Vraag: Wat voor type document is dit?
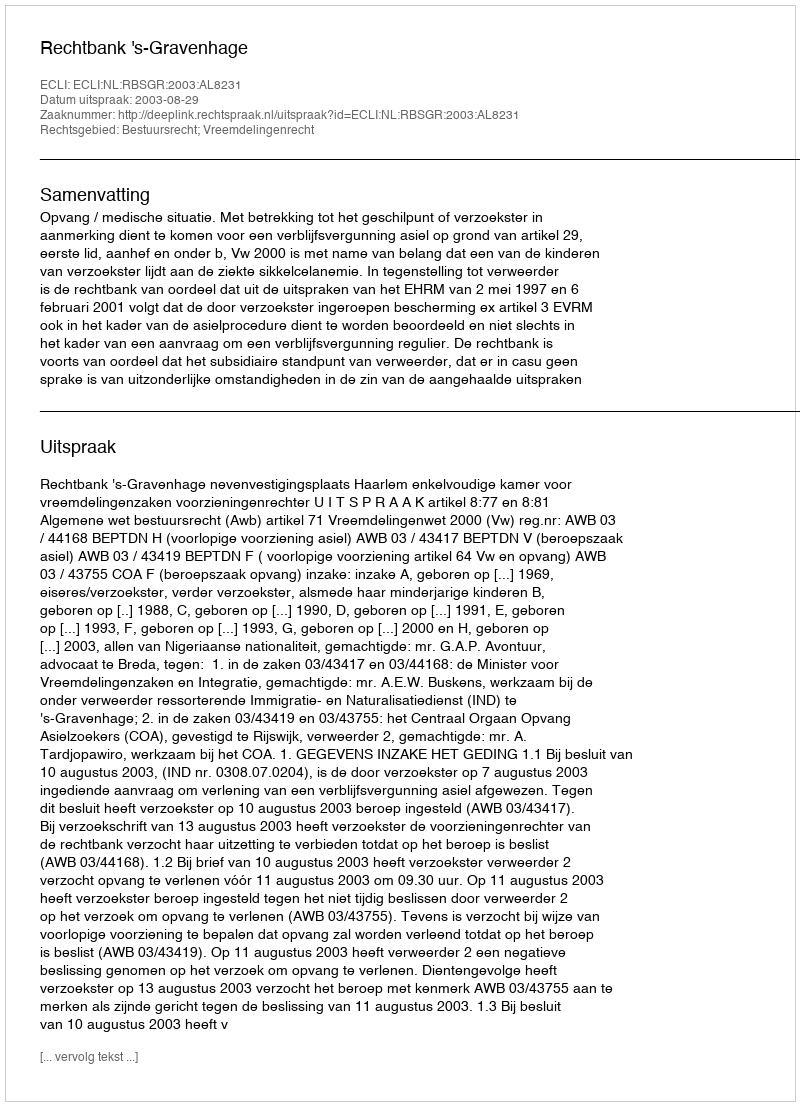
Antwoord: Uitspraak